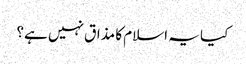
کیا یہ اسلام کا مذاق نہیں ہے؟